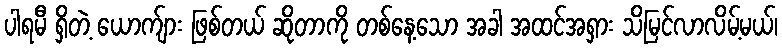
ပါရမီ ရှိတဲ့ ယောက်ျား ဖြစ်တယ် ဆိုတာကို တစ်နေ့သော အခါ အထင်အရှား သိမြင်လာလိမ့်မယ်၊